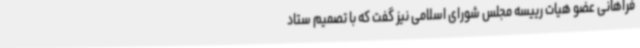
فراهانی عضو هیات رییسه مجلس شورای اسلامی نیز گفت که با تصمیم ستاد